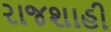
રાજશાહી